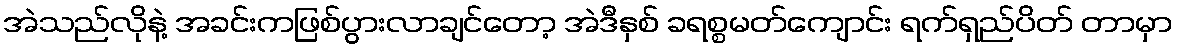
အဲသည်လိုနဲ့ အခင်းကဖြစ်ပွားလာချင်တော့ အဲဒီနှစ် ခရစ္စမတ်ကျောင်း ရက်ရှည်ပိတ် တာမှာ